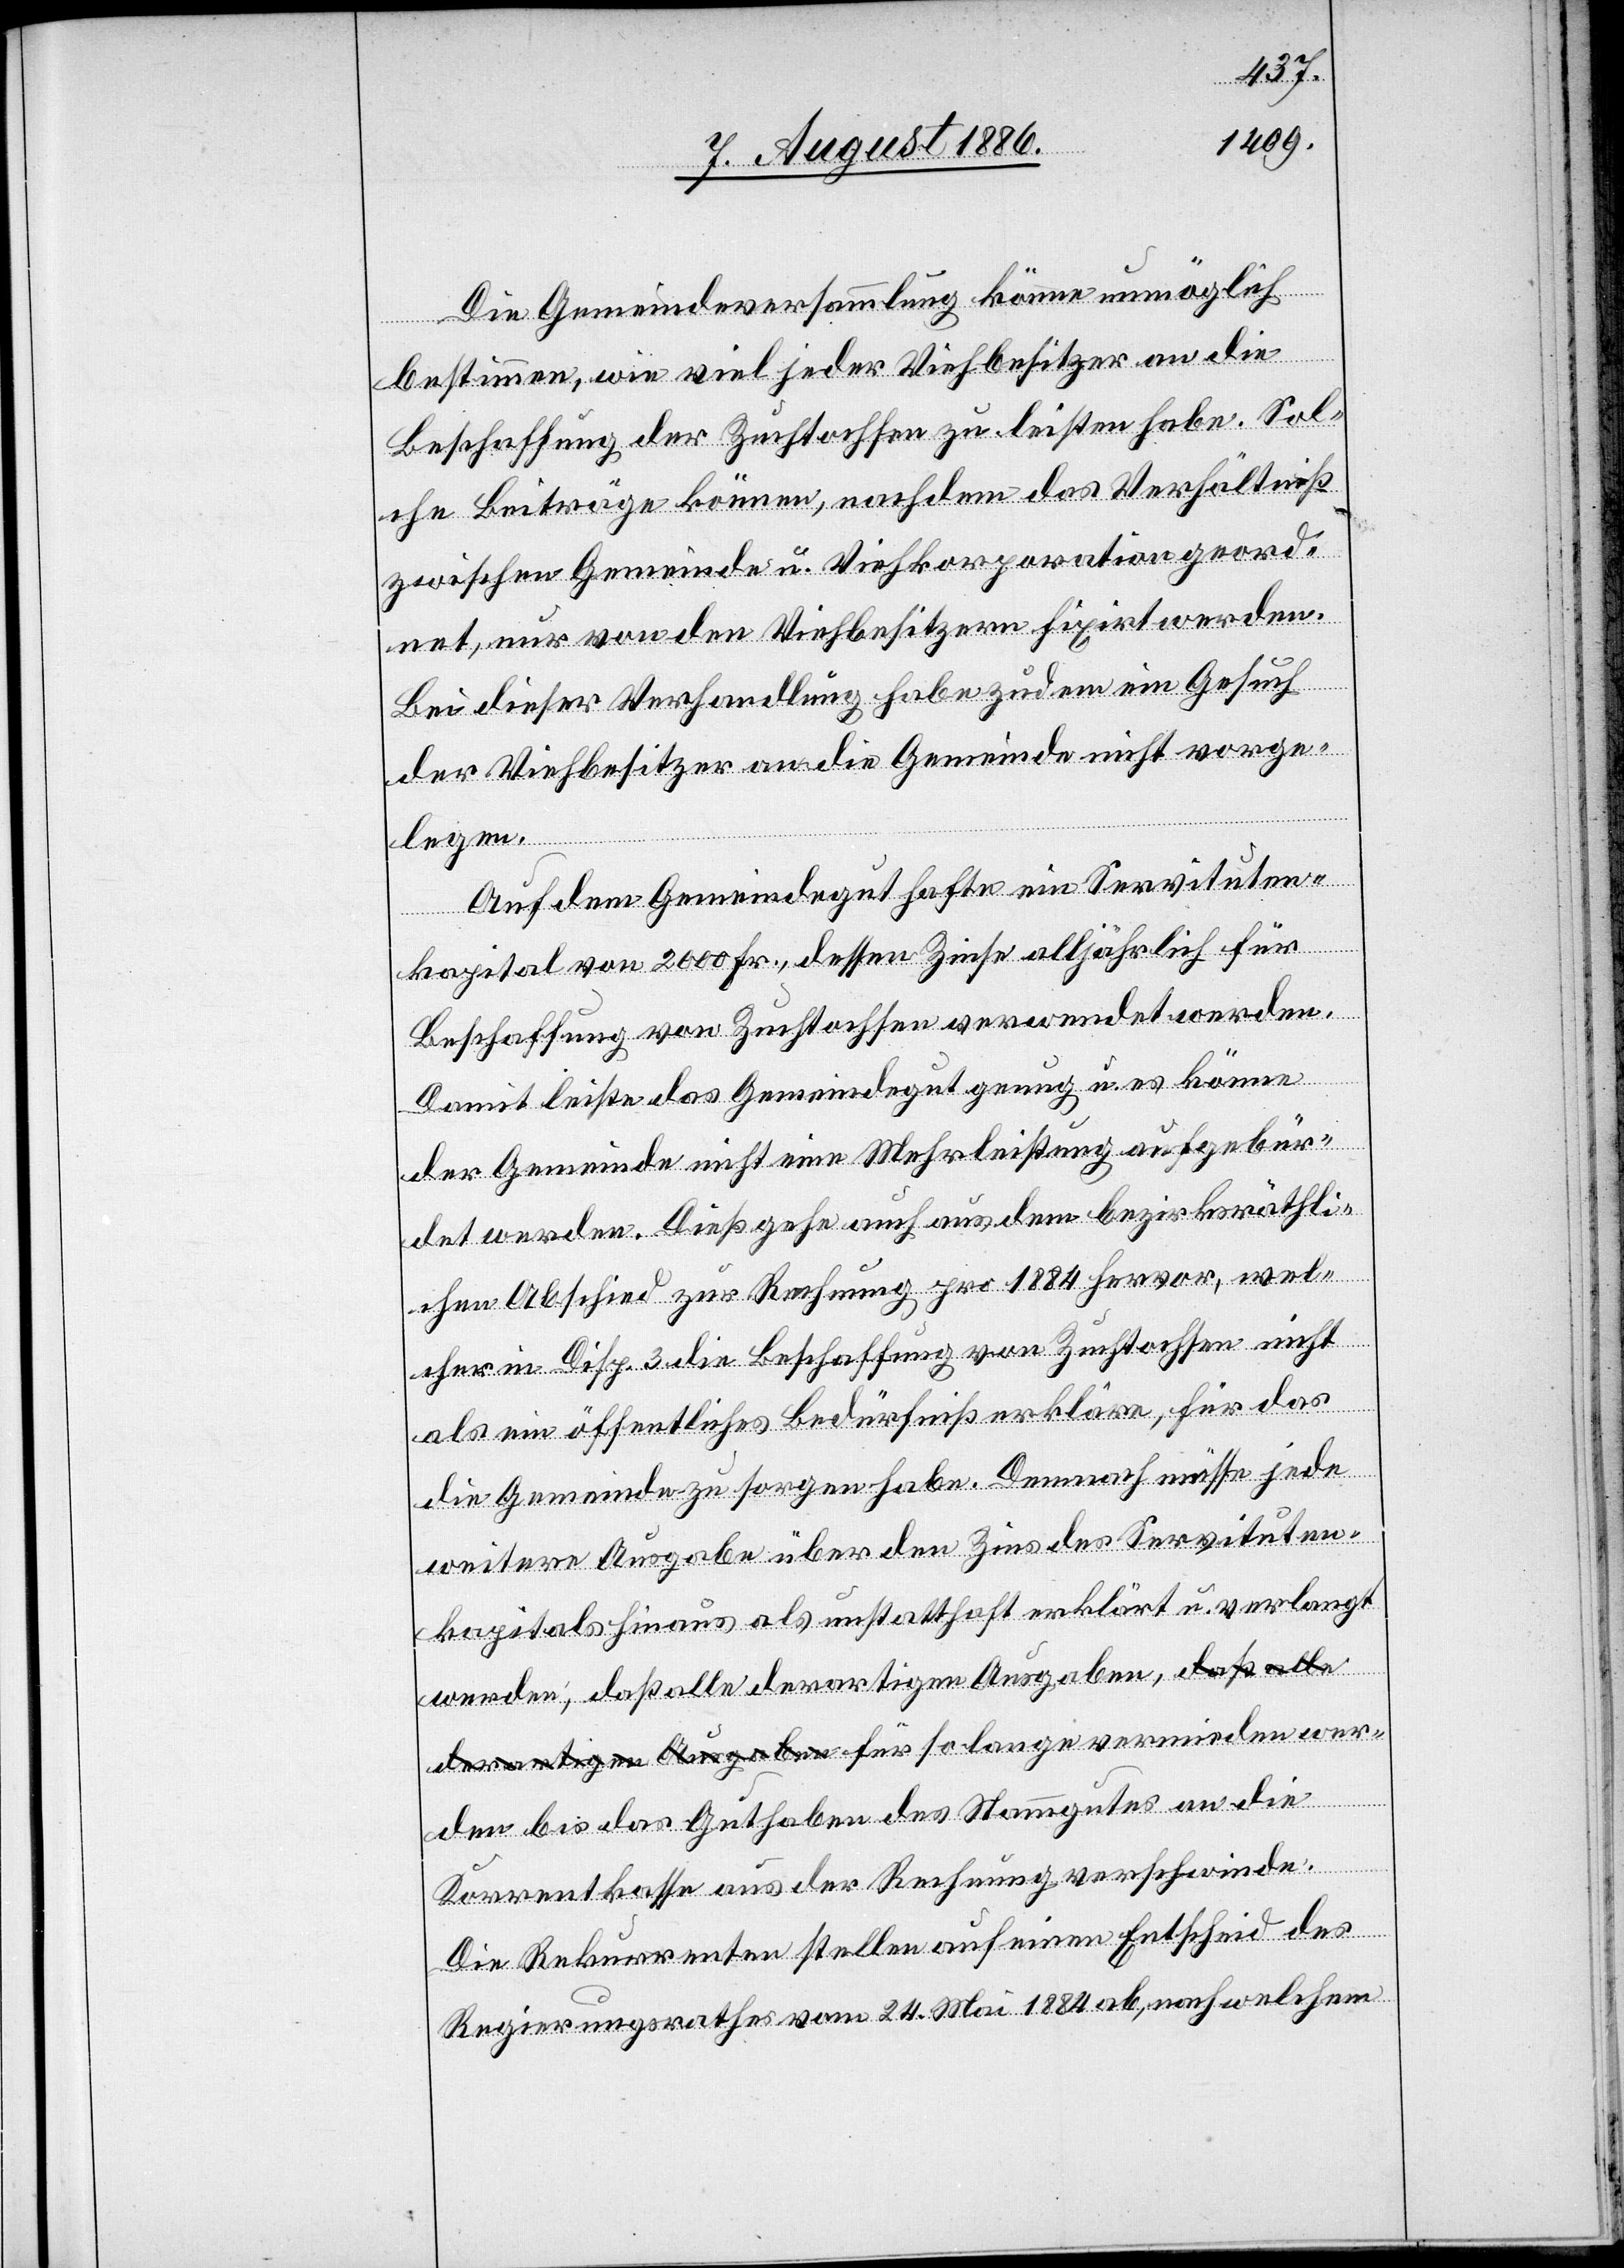
Die Gemeindeversammlung könne unmöglich
bestimmen, wie viel jeder Viehbesitzer an die
Beschaffung der Zuchtochsen zu leisten habe. Sol¬
che Beiträge können, nachdem das Verhältniß
zwischen Gemeinde u. Viehkorporation geord¬
net, nur von den Viehbesitzern fixirt werden.
Bei dieser Verhandlung habe zudem ein Gesuch
der Viehbesitzer an die Gemeinde nicht vorge¬
legen.
Auf dem Gemeindegut hafte ein Servituten¬
kapital von 2000 Fr., dessen Zinse alljährlich für
Beschaffung von Zuchtochsen verwendet werden.
Damit leiste das Gemeindegut genug u. es könne
der Gemeinde nicht eine Mehrleistung aufgebür¬
det werden. Dieß gehe auch aus dem bezirksräthli¬
chen Abschied zur Rechnung pro 1884 hervor, wel¬
cher in Disp. 3 die Beschaffung von Zuchtochsen nicht
als ein öffentliches Bedürfniß erkläre, für das
die Gemeinde zu sorgen habe. Demnach müsse jede
weitere Ausgabe über den Zins des Servituten¬
kapitals hinaus als unstatthaft erklärt u. verlangt
derartigen Ausgaben, für so lange vermieden wer¬
den bis das Guthaben des Stammgutes an die
Korrentkasse aus der Rechnung verschwinde.
daß
Die Rekurrenten stellen auf einen Entscheid des
Regierungsrathes vom 24. Mai 1184 ab, nach welchem